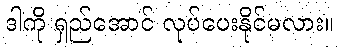
ဒါကို ရှည်အောင် လုပ်ပေးနိုင်မလား။